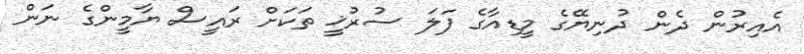
އެއިރުން ދެން ދުނިޔޭގެ މީޑިއާގެ ފަލަ ސުރުޚީ ތަކަށް ރައީސް ޔާމީންގެ ނަން